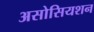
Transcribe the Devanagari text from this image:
असोसियशन